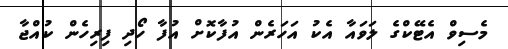
މެސިވް އެޓޭކްގެ ލަވައާ އެކު އަހަރެން އުފާކޮށް އުފާ ހޯދި ފިރިހެން ކުއްޖާ